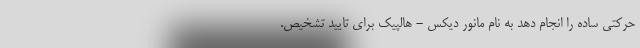
حرکتی ساده را انجام دهد به نام مانور دیکس - هالپیک برای تایید تشخیص.